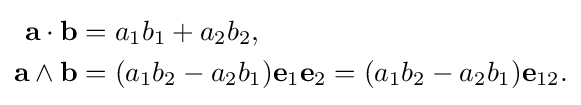
{\begin{aligned}\mathbf {a} \cdot \mathbf {b} &=a_{1}b_{1}+a_{2}b_{2},\\\mathbf {a} \wedge \mathbf {b} &=(a_{1}b_{2}-a_{2}b_{1})\mathbf {e} _{1}\mathbf {e} _{2}=(a_{1}b_{2}-a_{2}b_{1})\mathbf {e} _{12}.\end{aligned}}